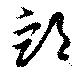
卹